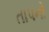
તાપનો